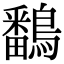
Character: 鷭